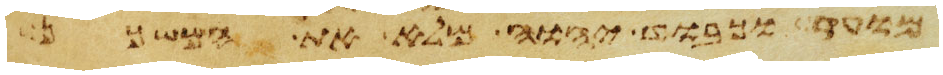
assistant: מועד וכבוד יהוה מלא את המשכן